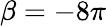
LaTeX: \beta=-8\pi